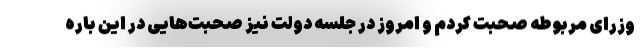
وزرای مربوطه صحبت کردم و امروز در جلسه دولت نیز صحبت‌هایی در این باره